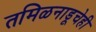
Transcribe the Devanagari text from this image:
तमिळनाडूचेही